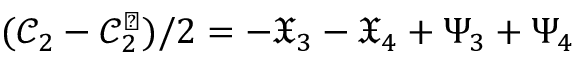
( \mathcal { C } _ { 2 } - \mathcal { C } _ { 2 } ^ { \perp } ) / 2 = - \mathfrak { X } _ { 3 } - \mathfrak { X } _ { 4 } + \Psi _ { 3 } + \Psi _ { 4 }